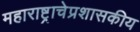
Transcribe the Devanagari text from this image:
महाराष्ट्राचेप्रशासकीय